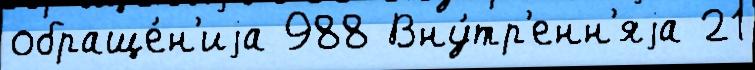
обраще́н'иjа 988 Вну́тр'енн'яjа 21